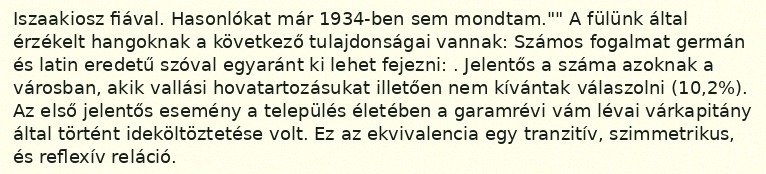
Iszaakiosz fiával. Hasonlókat már 1934-ben sem mondtam."" A fülünk által érzékelt hangoknak a következő tulajdonságai vannak: Számos fogalmat germán és latin eredetű szóval egyaránt ki lehet fejezni: . Jelentős a száma azoknak a városban, akik vallási hovatartozásukat illetően nem kívántak válaszolni (10,2%). Az első jelentős esemény a település életében a garamrévi vám lévai várkapitány által történt ideköltöztetése volt. Ez az ekvivalencia egy tranzitív, szimmetrikus, és reflexív reláció.